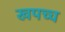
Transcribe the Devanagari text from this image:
खपच्च